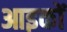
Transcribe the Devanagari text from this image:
आइकों